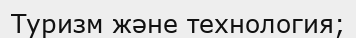
Туризм және технология;